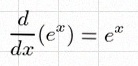
\frac{d}{dx}(e^x)=e^x